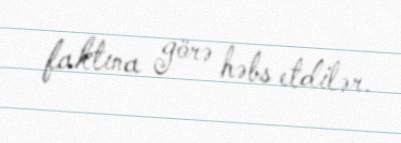
faktına görə həbs etdilər.